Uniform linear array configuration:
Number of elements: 8
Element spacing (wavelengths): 0.5
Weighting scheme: kaiser
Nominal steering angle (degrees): -45
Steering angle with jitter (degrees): -45.71
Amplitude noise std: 0.05
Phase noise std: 0.05

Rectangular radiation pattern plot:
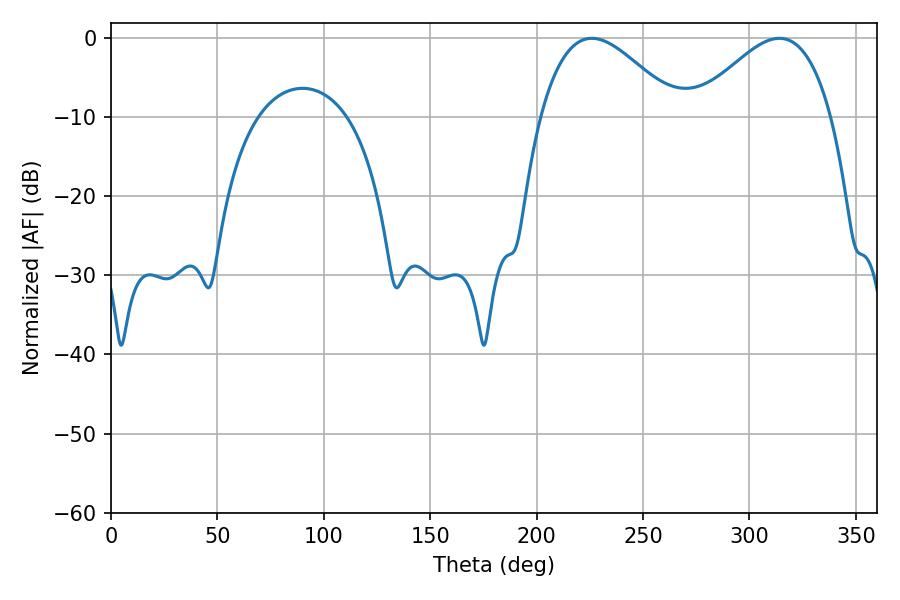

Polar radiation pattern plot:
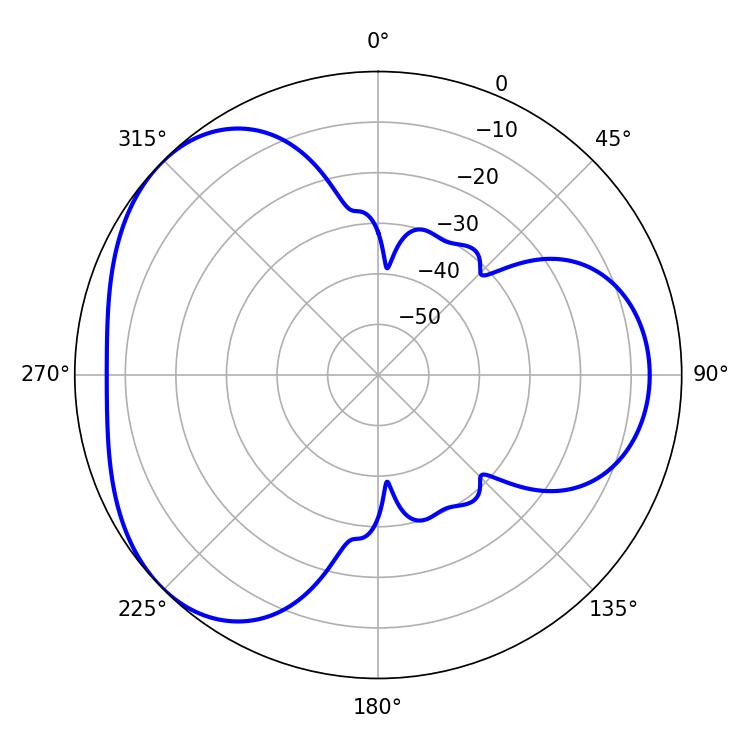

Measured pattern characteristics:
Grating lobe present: FALSE
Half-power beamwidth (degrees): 34.74
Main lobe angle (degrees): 225.9